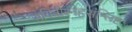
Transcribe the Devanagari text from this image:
सवित्रीस्नेहसंश्लिष्टः